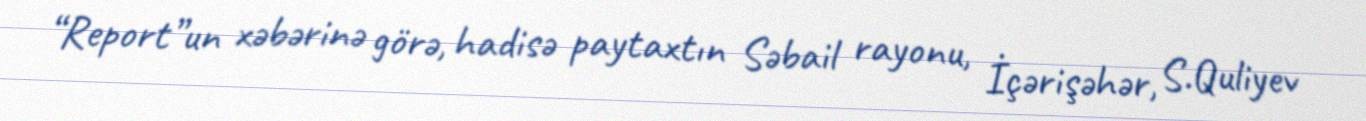
“Report”un xəbərinə görə, hadisə paytaxtın Səbail rayonu, İçərişəhər, S.Quliyev